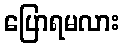
ပြောရမလား